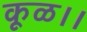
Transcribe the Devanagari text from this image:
कूळ।।